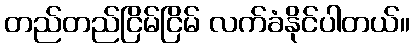
တည်တည်ငြိမ်ငြိမ် လက်ခံနိုင်ပါတယ်။